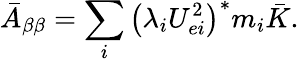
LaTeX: \bar{A}_{\beta\beta}=\sum_{i}\left(\lambda_{i}U_{ei}^{2}\right)^{*}m_{i}\bar{K}.